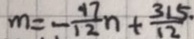
m = - \frac { 4 7 } { 1 2 } n + \frac { 3 1 5 } { 1 2 }